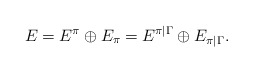
\begin{align*} E=E^\pi\oplus E_\pi=E^{\pi\vert \Gamma}\oplus E_{\pi\vert\Gamma}.\end{align*}